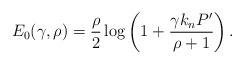
LaTeX: \begin{align*} E_0(\gamma, \rho) = \frac{\rho}{2} \log \left( 1 +\frac{\gamma k_n P' }{\rho+1 } \right).\end{align*}